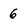
Character: 6